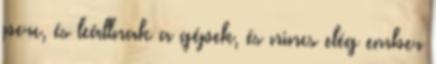
perc, és leállnak a gépek, és nincs elég ember